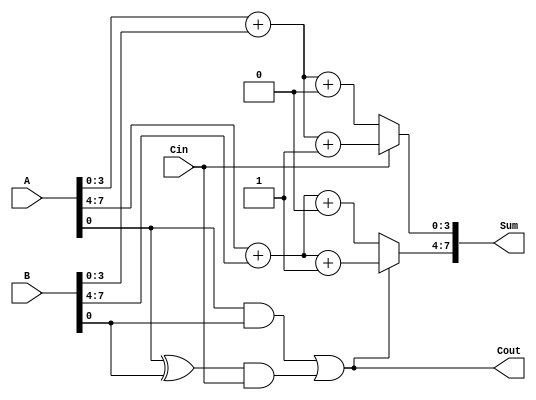
module CarrySelectAdder #(parameter N = 8, // Total bits
                          parameter M = 4  // Group size
                         ) (
    input  [N-1:0] A,      // First operand
    input  [N-1:0] B,      // Second operand
    input          Cin,     // Carry-in
    output [N-1:0] Sum,     // Sum output
    output         Cout      // Carry-out
);

    localparam K = N / M; // Number of groups
    wire [M-1:0] G [0:K-1]; // Generate signals for each group
    wire [M-1:0] P [0:K-1]; // Propagate signals for each group
    wire [M:0] C; // Carry outputs for each group
    wire [N-1:0] Sum0 [0:K-1]; // Partial sums assuming Cin = 0
    wire [N-1:0] Sum1 [0:K-1]; // Partial sums assuming Cin = 1

    // Generate and propagate signals for each group
    genvar i, j;
    generate
        for (i = 0; i < K; i = i + 1) begin : group
            for (j = 0; j < M; j = j + 1) begin : bit
                if (i * M + j < N) begin
                    assign G[i][j] = A[i * M + j] & B[i * M + j]; // Generate
                    assign P[i][j] = A[i * M + j] ^ B[i * M + j]; // Propagate
                end
            end
            
            // Calculate carry for each group
            if (i == 0) begin
                assign C[i] = Cin; // First group carry-in
            end else begin
                assign C[i] = G[i-1] | (P[i-1] & C[i-1]); // Carry-out for group
            end
            
            // Calculate partial sums for Cin = 0 and Cin = 1
            if (i * M < N) begin
                assign Sum0[i] = A[i * M +: M] + B[i * M +: M] + 0; // Partial sum for Cin = 0
                assign Sum1[i] = A[i * M +: M] + B[i * M +: M] + 1; // Partial sum for Cin = 1
            end
        end
    endgenerate

    // Final sum calculation using multiplexers
    generate
        for (i = 0; i < K; i = i + 1) begin : final_sum
            if (i * M < N) begin
                assign Sum[i * M +: M] = (C[i] == 0) ? Sum0[i] : Sum1[i]; // Select partial sum based on carry
            end
        end
    endgenerate

    // Final carry-out
    assign Cout = C[K-1];

endmodule